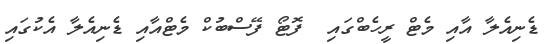
ޑެނިއެލާ އާއި މެޓް ރީހެބްގައި  ފޮޓޯ ފޭސްބުކް މެޓްއާއި ޑެނިއެލާ އެކުގައި